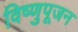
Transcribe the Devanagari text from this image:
विष्णुपूजन